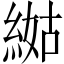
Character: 𦁿